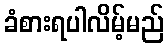
ခံစားရပါလိမ့်မည်